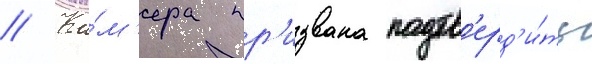
// Ка́м'ера пр'извана подтв'ерд'и́ть